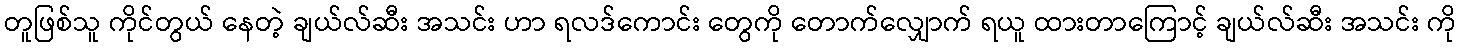
တူဖြစ်သူ ကိုင်တွယ် နေတဲ့ ချယ်လ်ဆီး အသင်း ဟာ ရလဒ်ကောင်း တွေကို တောက်လျှောက် ရယူ ထားတာကြောင့် ချယ်လ်ဆီး အသင်း ကို